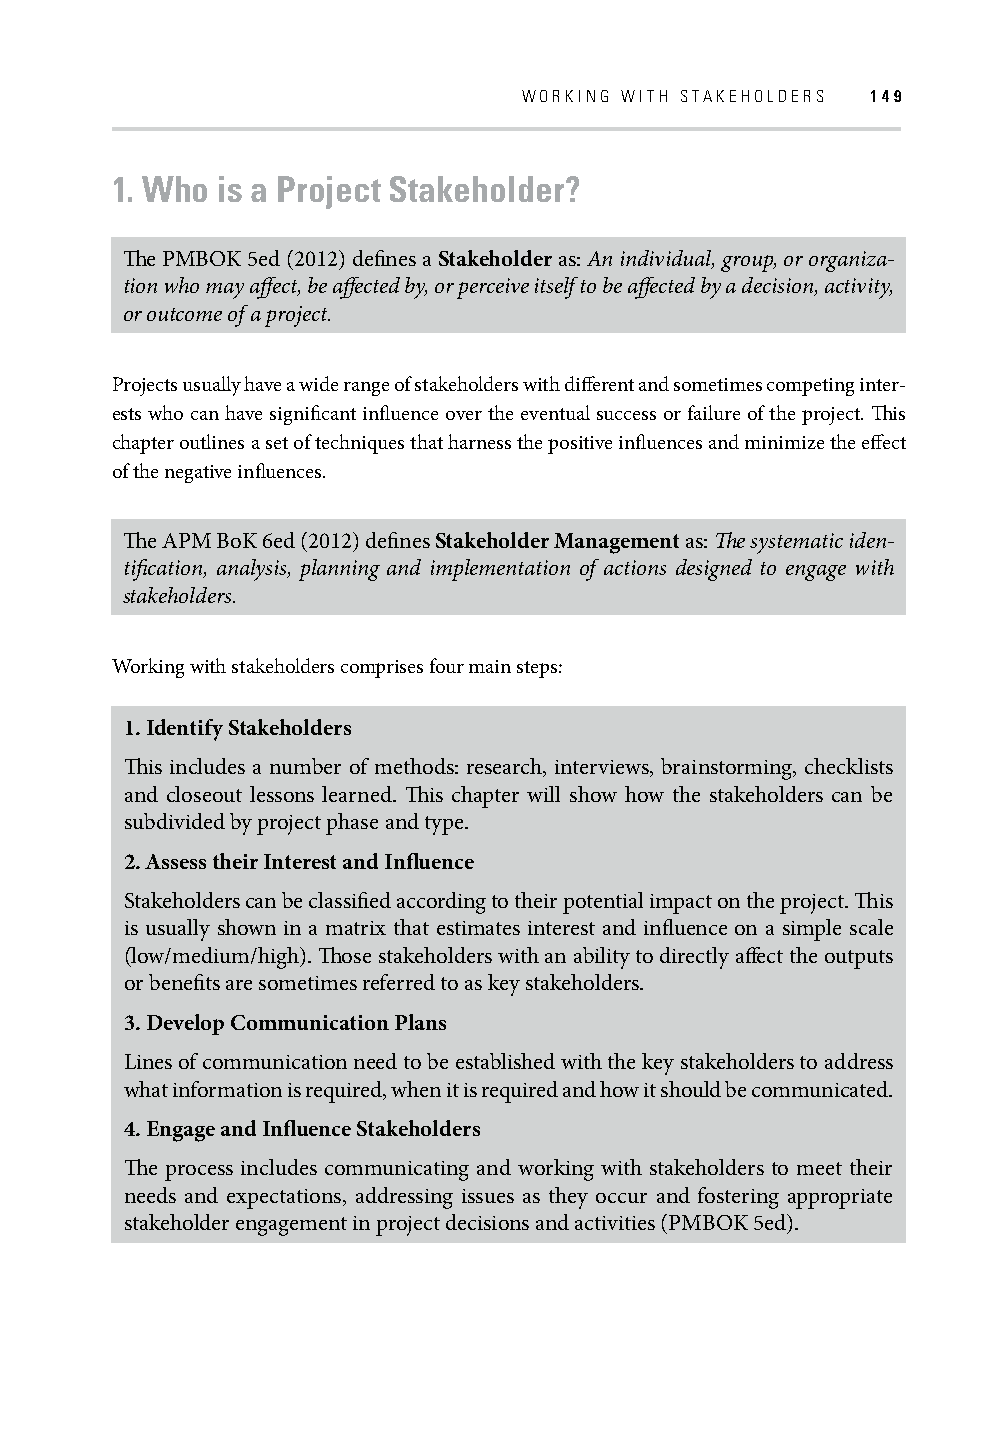
WORKING WITH STAKEHOLDERS 149
 1. Who is a Project Stakeholder?
 Th e PMBOK 5ed (2012) defi nes a Stakeholder as: An individual, group, or organiza-
 tion who may aff ect, be aff ected by, or perceive itself to be aff ected by a decision, activity,
 or outcome of a project.
 Projects usually have a wide range of stakeholders with diff erent and sometimes competing inter-
 ests who can have signifi cant infl uence over the eventual success or failure of the project. Th is
 chapter outlines a set of techniques that harness the positive infl uences and minimize the eff ect
 of the negative infl uences.
 Th e APM BoK 6ed (2012) defi nes Stakeholder Management as: Th e systematic iden-
 tifi cation, analysis, planning and implementation of actions designed to engage with
 stakeholders.
 Working with stakeholders comprises four main steps:
 1. Identify Stakeholders
 Th is includes a number of methods: research, interviews, brainstorming, checklists
 and closeout lessons learned. Th is chapter will show how the stakeholders can be
 subdivided by project phase and type.
 2. Assess their Interest and Infl uence
 Stakeholders can be classifi ed according to their potential impact on the project. Th is
 is usually shown in a matrix that estimates interest and infl uence on a simple scale
 (low/medium/high). Th ose stakeholders with an ability to directly aff ect the outputs
 or benefi ts are sometimes referred to as key stakeholders.
 3. Develop Communication Plans
 Lines of communication need to be established with the key stakeholders to address
 what information is required, when it is required and how it should be communicated.
 4. Engage and Infl uence Stakeholders
 Th e process includes communicating and working with stakeholders to meet their
 needs and expectations, addressing issues as they occur and fostering appropriate
 stakeholder engagement in project decisions and activities (PMBOK 5ed).